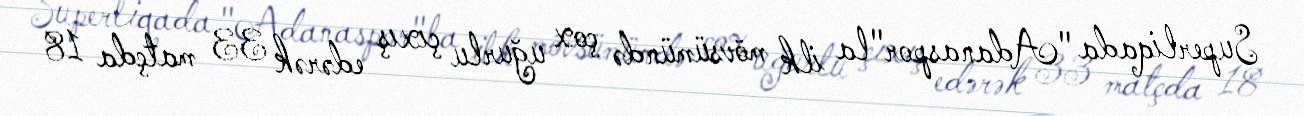
Superliqada "Adanaspor"la ilk mövsümündə çox uğurlu çıxış edərək 33 matçda 18